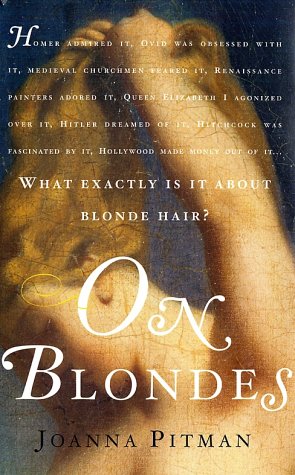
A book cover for On Blondes; Joanna Pitman; Health, Fitness & Dieting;